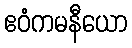
ဧဝံကမနီယော